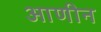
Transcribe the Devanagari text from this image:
आणीन